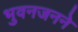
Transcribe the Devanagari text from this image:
भुवनजनने